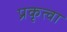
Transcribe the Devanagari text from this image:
प्रकृत्वा